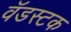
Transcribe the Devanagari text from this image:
वॅडस्टक